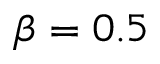
\beta = 0 . 5